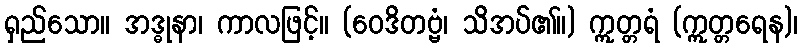
ရှည်သော။ အဒ္ဓုနာ၊ ကာလဖြင့်။ (ဝေဒိတဗ္ဗံ၊ သိအပ်၏။) ဣတ္တရံ (ဣတ္တရေန)၊